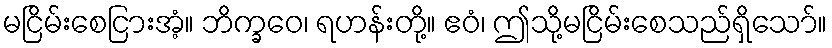
မငြိမ်းစေငြားအံ့။ ဘိက္ခဝေ၊ ရဟန်းတို့။ ဧဝံ၊ ဤသို့မငြိမ်းစေသည်ရှိသော်။